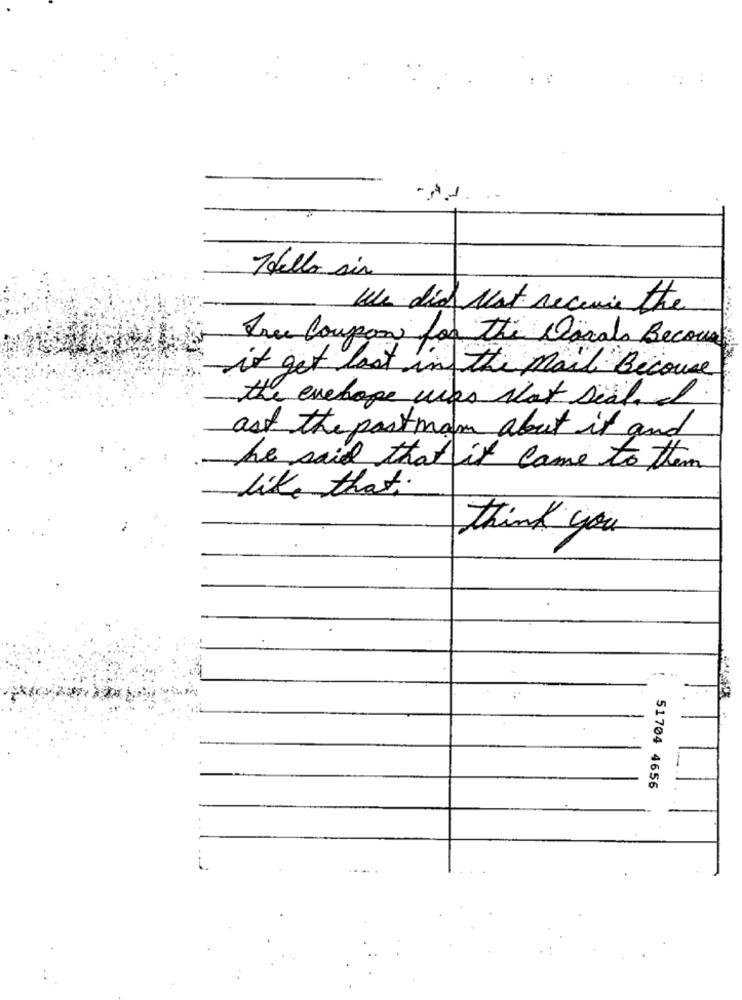
: :
Thello sir
We did Not receive the
Free Coupon for the Donals Because
it get lost in the mail: Because
the evehope was Not sich. I
ast the postman about it and
he said that it came to them
like that.
think you
51704 4656